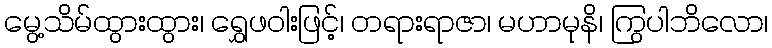
မွေ့သိမ်ထွားထွား၊ ရွှေဖဝါးဖြင့်၊ တရားရာဇာ၊ မဟာမုနိ၊ ကြွပါဘိလော၊